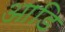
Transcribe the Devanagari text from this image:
आडि